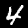
Digit: 4